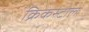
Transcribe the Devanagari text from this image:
क्रिकस्टोल